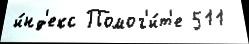
и́нд'екс Помог'и́т'е 511